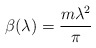
\begin{align*}\beta ( \lambda ) = \frac{m \lambda^2}{\pi}\end{align*}